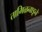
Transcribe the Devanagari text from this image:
तामिळनाडूने